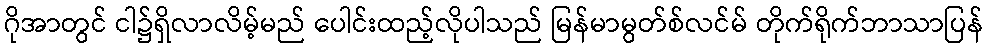
ဂိုအာတွင် ငါ၌ရှိလာလိမ့်မည် ပေါင်းထည့်လိုပါသည် မြန်မာမွတ်စ်လင်မ် တိုက်ရိုက်ဘာသာပြန်